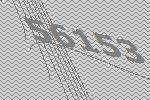
56153